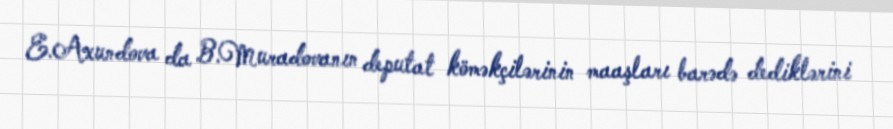
E.Axundova da B.Muradovanın deputat köməkçilərinin maaşları barədə dediklərini